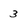
Character: 3